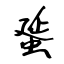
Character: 蜑